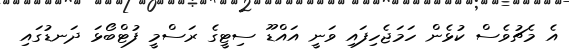
އެ މެޗުވެސް ކުޅެން ހަމަޖެހިފައި ވަނީ އައްޑޫ ސިޓީގެ ރަސްމީ ފުޓްބޯޅަ ދަނޑުގައި